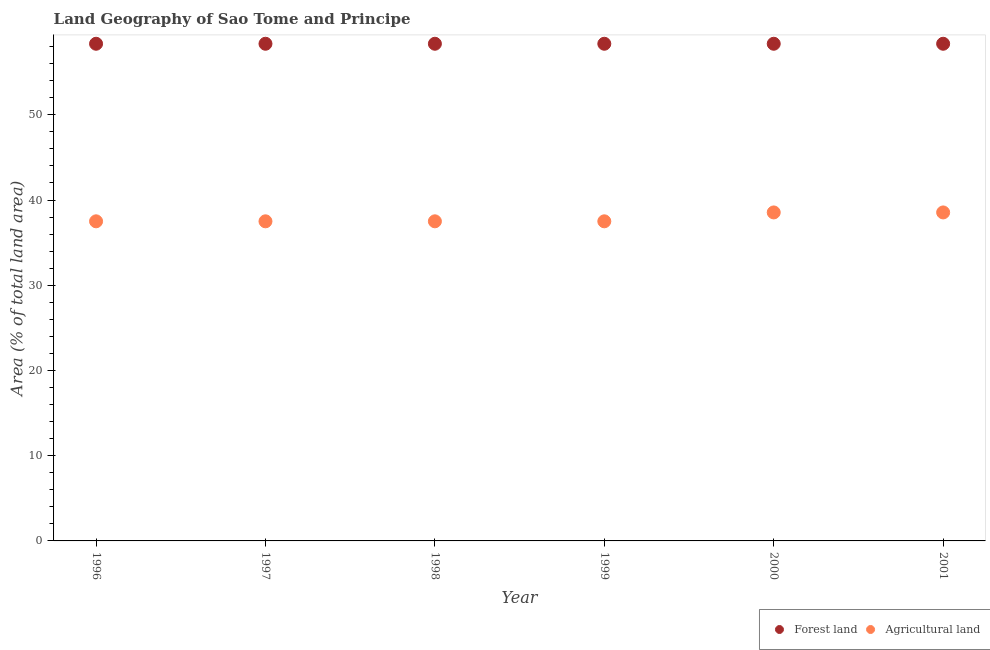
| Year | Forest land | Agricultural land |
 | --- | --- | --- |
 | 1996 | 58.3 | 37.5 |
 | 1997 | 58.3 | 37.5 |
 | 1998 | 58.3 | 37.5 |
 | 1999 | 58.3 | 37.5 |
 | 2000 | 58.3 | 38.5 |
 | 2001 | 58.3 | 38.5 |